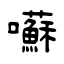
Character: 囌